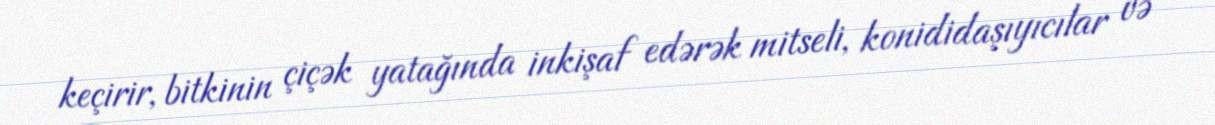
keçirir, bitkinin çiçək yatağında inkişaf edərək mitseli, konididaşıyıcılar və